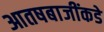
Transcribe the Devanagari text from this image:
आतषबाजींकडे